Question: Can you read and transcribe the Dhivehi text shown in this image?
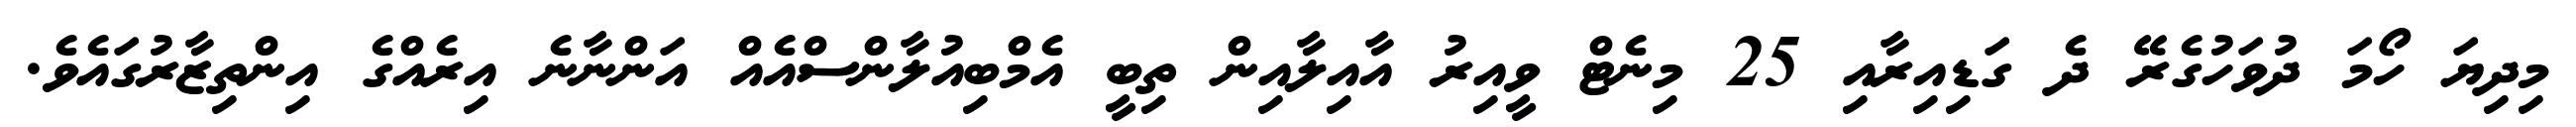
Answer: މިދިޔަ ހޯމަ ދުވަހުގެރޭ ދެ ގަޑިއިރާއި 25 މިނެޓް ވީއިރު އާއިލާއިން ތިބީ އެމްބިއުލާންސްއެއް އަންނާނެ އިރެއްގެ އިންތިޒާރުގައެވެ.